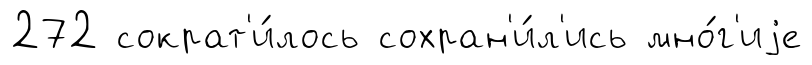
272 сократ'и́лось сохран'и́л'ись мно́г'иjе